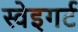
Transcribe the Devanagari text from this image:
स्वेइगर्ट